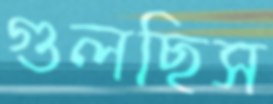
গুলছিস